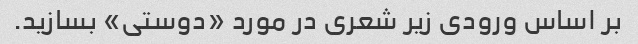
بر اساس ورودی زیر شعری در مورد «دوستی» بسازید.